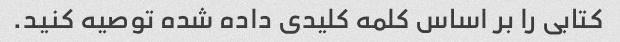
کتابی را بر اساس کلمه کلیدی داده شده توصیه کنید.